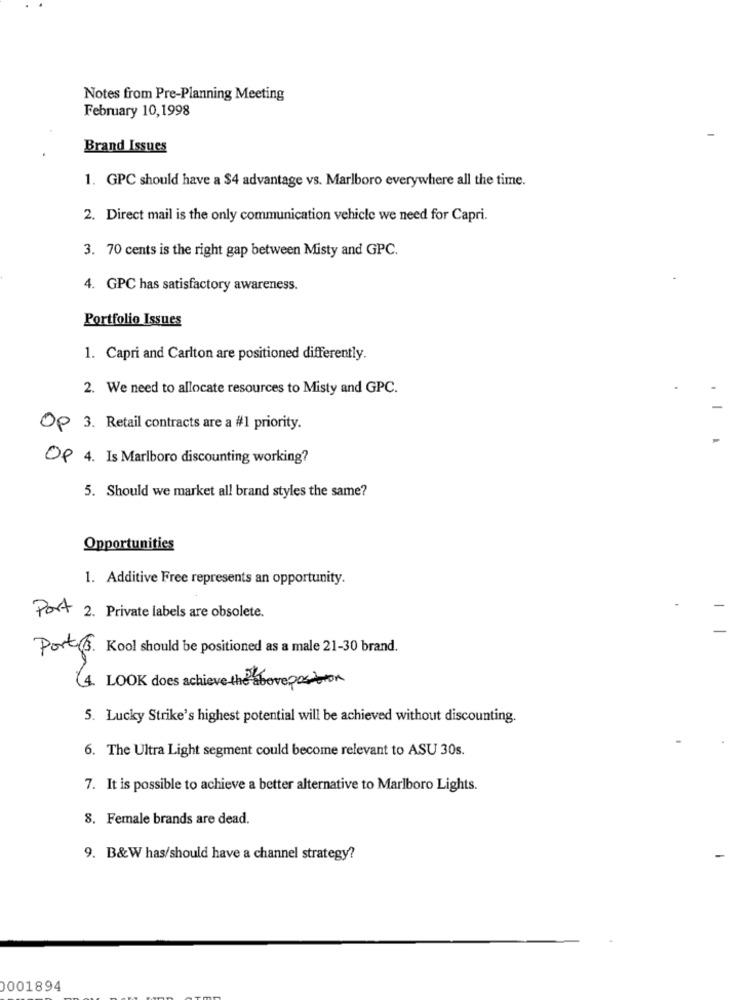
Notes from Pre-Planning Meeting
February 10,1998
Brand Issues
1. GPC should have a $4 advantage vs. Marlboro everywhere all the time.
2. Direct mail is the only communication vehicle we need for Capri.
3. 70 cents is the right gap between Misty and GPC.
4. GPC has satisfactory awareness.
Portfolio Issues
1. Capri and Carlton are positioned differently.
2. We need to allocate resources to Misty and GPC.
Op 3. Retail contracts are a #1 priority.
Of 4. Is Marlboro discounting working?
5. Should we market all brand styles the same?
Opportunities
1. Additive Free represents an opportunity.
Port 2. Private labels are obsolete.
Port 3. Kool should be positioned as a male 21-30 brand.
LOOK does achieve the aboveposition
5. Lucky Strike's highest potential will be achieved without discounting.
6. The Ultra Light segment could become relevant to ASU 30s.
7. It is possible to achieve a better alternative to Marlboro Lights.
8. Female brands are dead.
9. B&W has/should have a channel strategy?
0001894